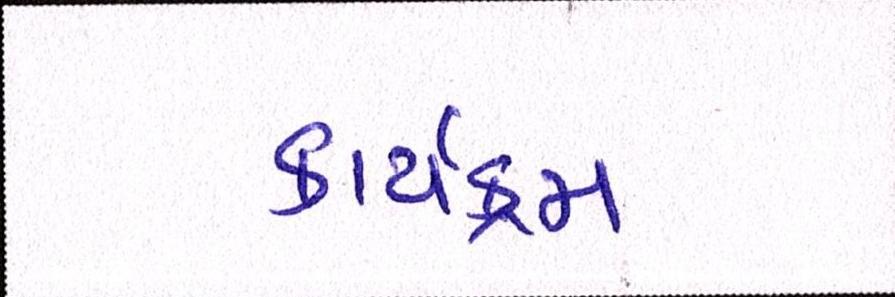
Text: કાર્યક્મ